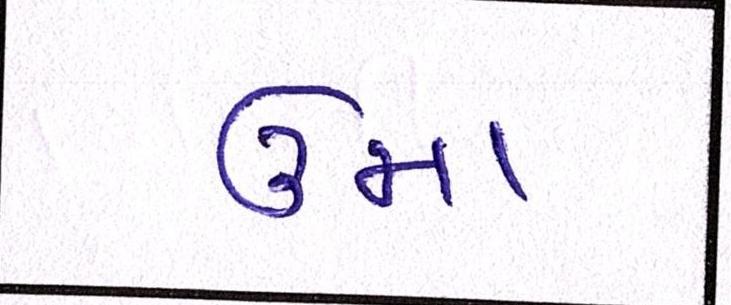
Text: ઉમા